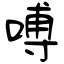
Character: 㗘